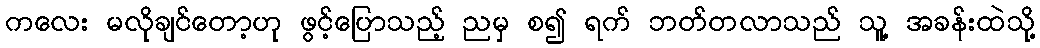
ကလေး မလိုချင်တော့ဟု ဖွင့်ပြောသည့် ညမှ စ၍ ရက် ဘတ်တလာသည် သူ့ အခန်းထဲသို့